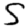
Digit: 5